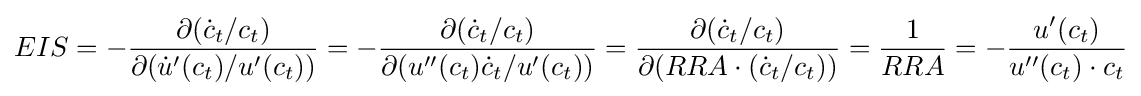
EIS=-{\frac {\partial ({\dot {c}}_{t}/c_{t})}{\partial ({\dot {u}}'(c_{t})/u'(c_{t}))}}=-{\frac {\partial ({\dot {c}}_{t}/c_{t})}{\partial (u''(c_{t}){\dot {c}}_{t}/u'(c_{t}))}}={\frac {\partial ({\dot {c}}_{t}/c_{t})}{\partial (RRA\cdot ({\dot {c}}_{t}/c_{t}))}}={\frac {1}{RRA}}=-{\frac {u'(c_{t})}{u''(c_{t})\cdot c_{t}}}